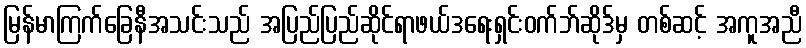
မြန်မာကြက်ခြေနီအသင်းသည် အပြည်ပြည်ဆိုင်ရာဖယ်ဒရေးရှင်းဝက်ဘ်ဆိုဒ်မှ တစ်ဆင့် အကူအညီ